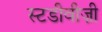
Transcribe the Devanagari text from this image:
स्टडीवीज़ी